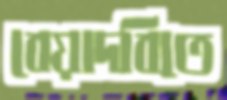
বেয়াদবিতে